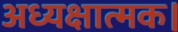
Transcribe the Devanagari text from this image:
अध्यक्षात्मक।